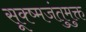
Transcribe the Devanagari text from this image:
सूक्ष्मजंतुमुक्त